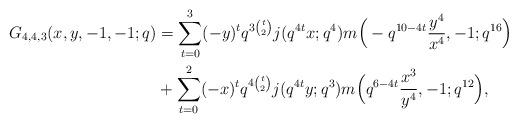
LaTeX: \begin{align*} G_{4,4,3}(x,y,-1,-1;q) &=\sum_{t=0}^{3}(-y)^tq^{3\binom{t}{2}}j(q^{4t}x;q^4) m\Big (-q^{10-4t}\frac{y^4}{x^4},-1;q^{16}\Big ) \\&+\sum_{t=0}^{2}(-x)^tq^{4\binom{t}{2}}j(q^{4t}y;q^3)m\Big (q^{6-4t}\frac{x^3}{y^4},-1;q^{12}\Big ),\end{align*}